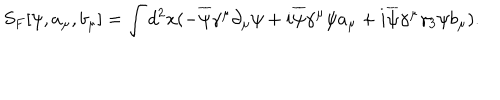
LaTeX: S _ { F } [ \psi , a _ { \mu } , b _ { \mu } ] = \int d ^ { 2 } x ( - \overline { { { \psi } } } \gamma ^ { \mu } \partial _ { \mu } \psi + i \overline { { { \psi } } } \gamma ^ { \mu } \psi a _ { \mu } + i \overline { { { \psi } } } \gamma ^ { \mu } \gamma _ { 3 } \psi b _ { \mu } ) .